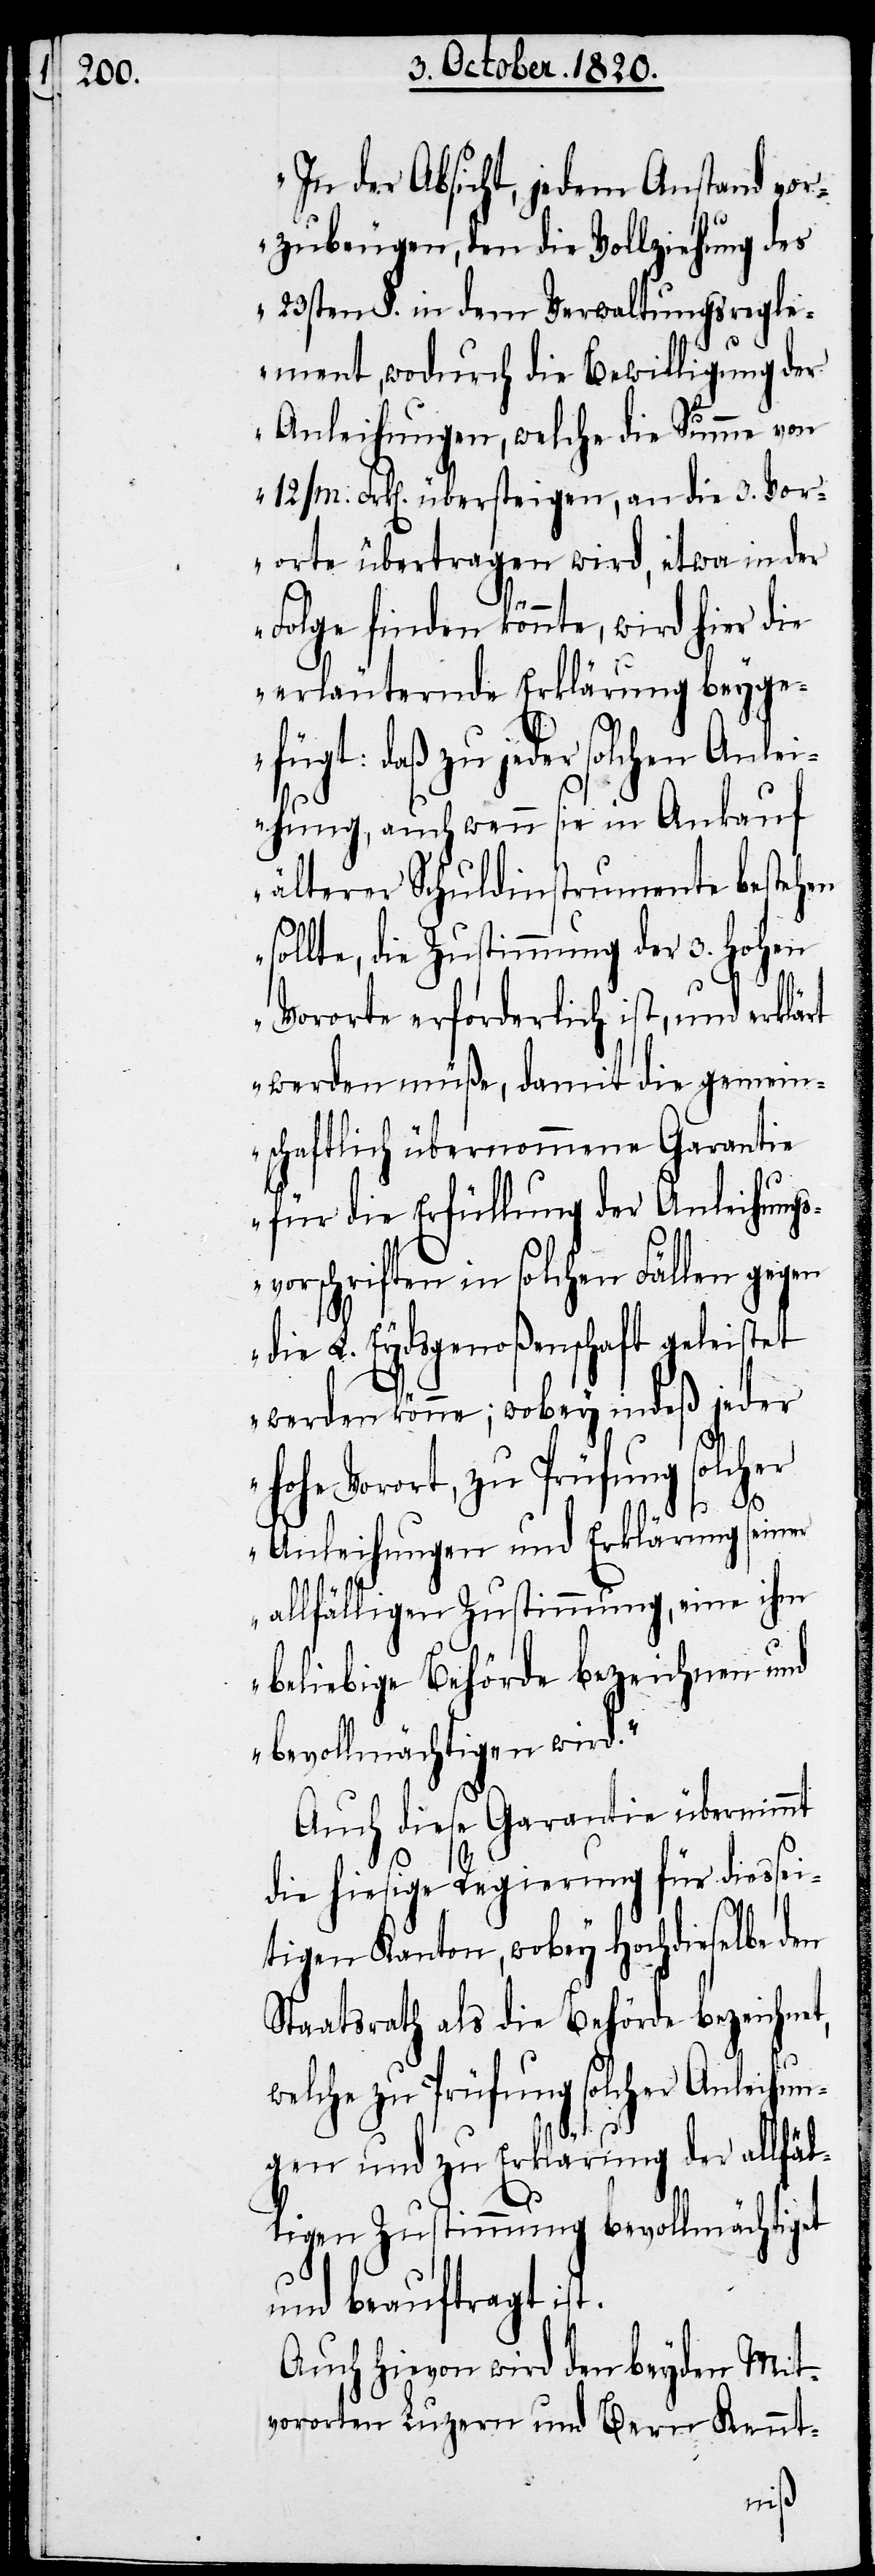
„In der Absicht, jedem Anstand vor¬
zubeugen, den die Vollziehung des
23sten §. in dem Verwaltungsregle¬
st.
ment, wodurch die Bewilligung der
Anleihungen, welche die Summe von
/m.] Frk[en]. übersteigen, an die 3. Vor¬
orte übertragen wird, etwa in der
Folge finden könnte, wird hier die
erläuternde Erklärung beygefügt:
daß zu jeder solchen Anlei¬
hung, auch wenn sie in Ankauf
älterer Schuldinstrumente bestehn
sollte, die Zustimmung der 3. hohen
Vororte erforderlich ist, und erklä¬
werden müße, damit die gemein¬
schaftlich übernommene Garantie
für die Erfüllung der Anleihung¬
svorschriften in solchen Fällen gegen
die L. Eydsgenoßenschaft geleistet
werden könne; wobey indeß jeder
hohe Vorort, zu Prüfung solcher
Anleihungen und Erklärung seiner
allfälligen Zustimmung, eine ihm
beliebige Behörde bezeichnen und
bevollmächtigen wird.“
Auch diese Garantie übernimmt
die hiesige Regierung für diessei¬
tigen Kanton, wobey hochdieselbe den
Staatsrath als die Behörde bezeichnet,
welche zu Prüfung solcher Anleihun¬
gen und zu Erklärung der allfäl¬
ligen Zustimmung bevollmächtiget
und beauftragt i¬
Auch hievon wird den beyden Mit¬
vororten Luzern und Bern Kennt-